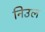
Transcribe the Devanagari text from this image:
निउल